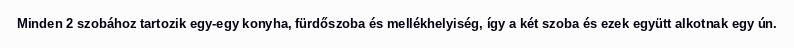
Minden 2 szobához tartozik egy-egy konyha, fürdőszoba és mellékhelyiség, így a két szoba és ezek együtt alkotnak egy ún.